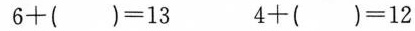
$$6 + () = 1 3$$ $$4 + () = 1 2$$